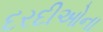
દરદીઓના